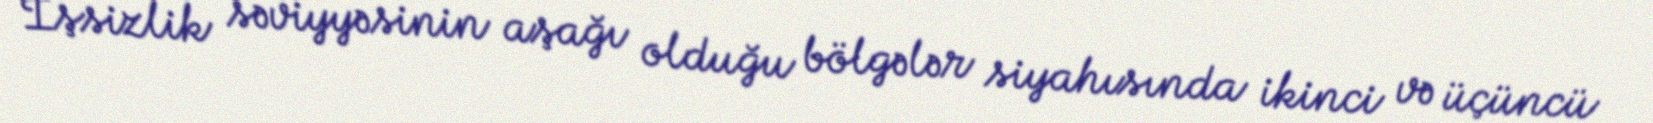
İşsizlik səviyyəsinin aşağı olduğu bölgələr siyahısında ikinci və üçüncü